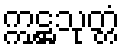
ဣဋ္ဌသုတ္တံ